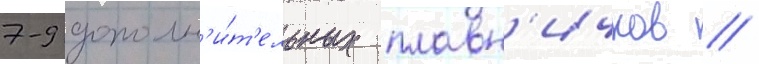
7-9 дополн'и́т'ельных плавн'ичков //